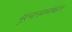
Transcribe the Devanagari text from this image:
मुल्यऱ्हासाबद्दल